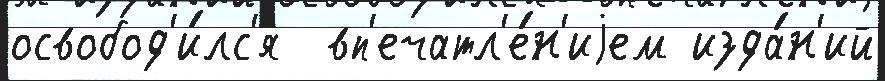
освобод'и́лс'я  вп'ечатл'е́н'иjем изда́н'ий